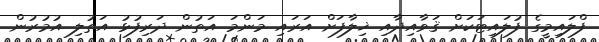
ފްލައިމީގެ ފުލައިޓަކަށް ޤަވާއިދާއި ޚިލާފަށް އަރައި މަންމަ އަތުން ދަރިފުޅު އަތުލި އުމުރުން